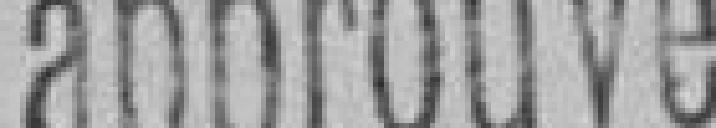
Vu pour récépissé et approuvé